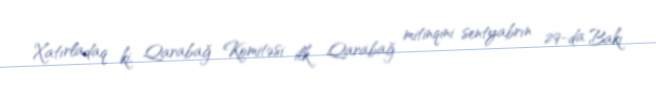
Xatırladaq ki, Qarabağ Komitəsi ilk Qarabağ mitinqini sentyabrın 29-da Bakı